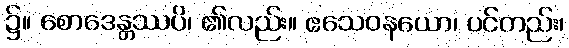
၌။ စောဒေန္တဿပိ၊ ၏လည်း။ ဧသေဝနယော၊ ပင်တည်း၊